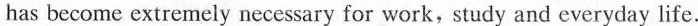
has become extremely necessary for work，study and everyday life.